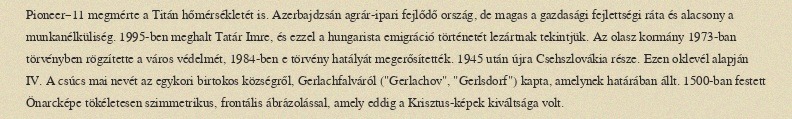
Pioneer–11 megmérte a Titán hőmérsékletét is. Azerbajdzsán agrár-ipari fejlődő ország, de magas a gazdasági fejlettségi ráta és alacsony a munkanélküliség. 1995-ben meghalt Tatár Imre, és ezzel a hungarista emigráció történetét lezártnak tekintjük. Az olasz kormány 1973-ban törvényben rögzítette a város védelmét, 1984-ben e törvény hatályát megerősítették. 1945 után újra Csehszlovákia része. Ezen oklevél alapján IV. A csúcs mai nevét az egykori birtokos községről, Gerlachfalváról ("Gerlachov", "Gerlsdorf") kapta, amelynek határában állt. 1500-ban festett Önarcképe tökéletesen szimmetrikus, frontális ábrázolással, amely eddig a Krisztus-képek kiváltsága volt.